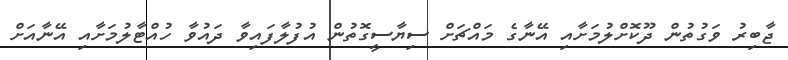
ޖާބިރު ވަގުތުން ދޫކޮށްލުމަށާއި އޭނާގެ މައްޗަށް ސިޔާސީގޮތުން އުފުލާފައިވާ ދައުވާ ހުއްޓާލުމަށާއި އޭނާއަށް